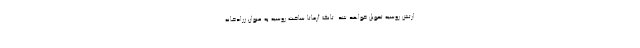
ارتش روسیه تحویل خواهد شد. تانک آرماتا ساخت روسیه به عنوان زرادخانه